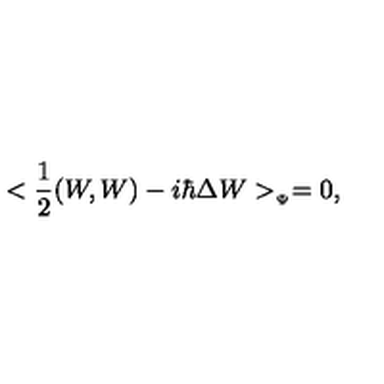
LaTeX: < { \frac { 1 } { 2 } } ( W , W ) - i \hbar \Delta W > _ { _ { \Psi } } = 0 ,